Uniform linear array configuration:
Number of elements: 64
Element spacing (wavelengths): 0.75
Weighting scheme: cosine
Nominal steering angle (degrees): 0
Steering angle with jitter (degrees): -0.4131
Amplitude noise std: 0.05
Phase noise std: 0.05

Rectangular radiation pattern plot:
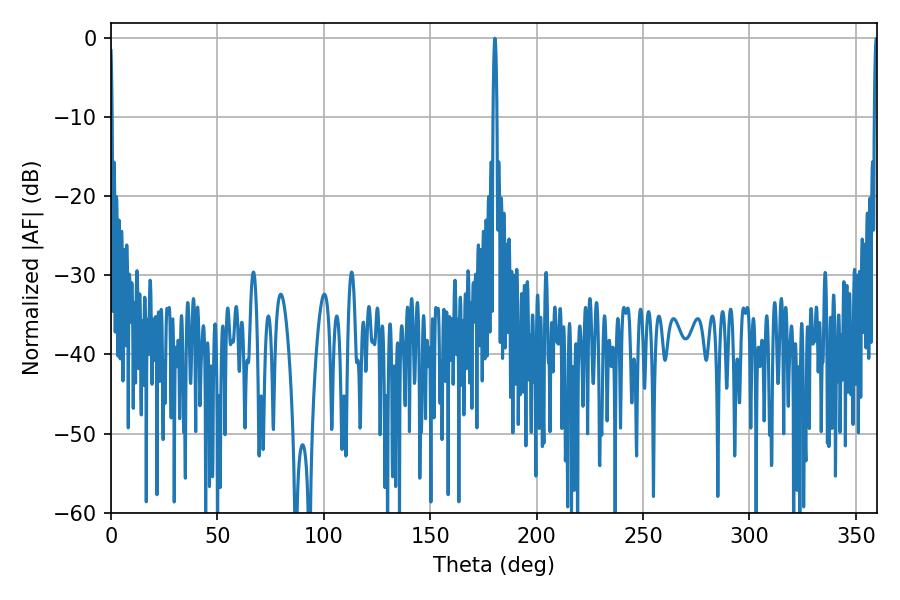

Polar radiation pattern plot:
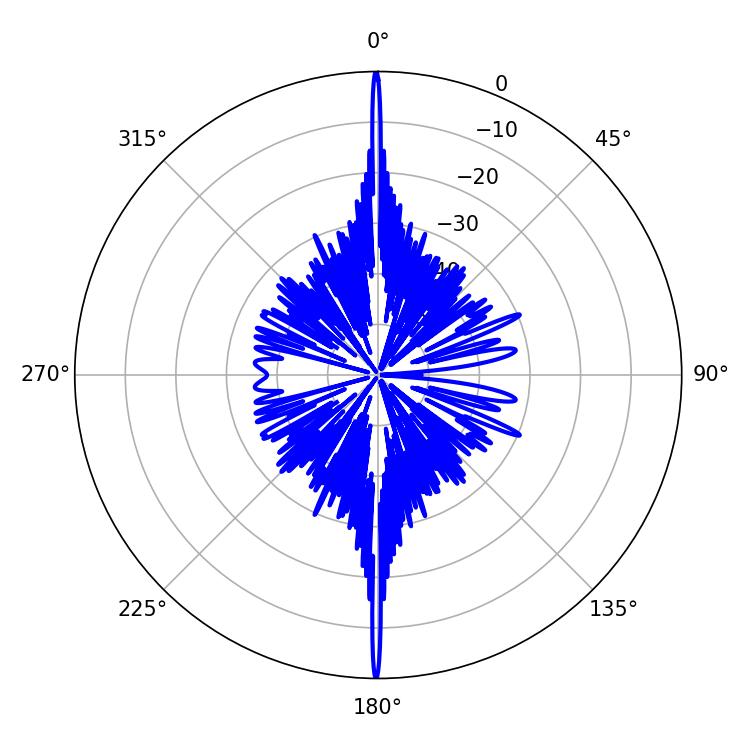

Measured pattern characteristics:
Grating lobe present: TRUE
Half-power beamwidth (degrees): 0.9
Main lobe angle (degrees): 180.36